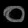
Digit: ၀